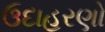
ઉદાહરણો